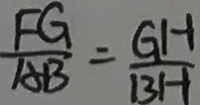
\frac { F G } { A B } = \frac { G H } { B H }